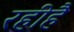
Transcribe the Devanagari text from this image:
रहीहै